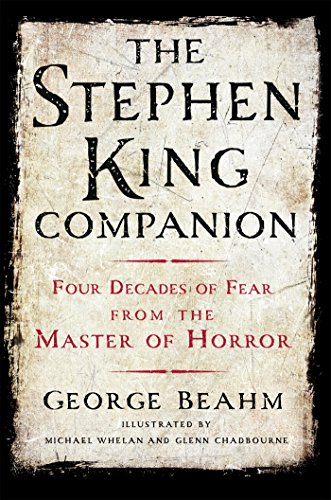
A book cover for The Stephen King Companion: Four Decades of Fear from the Master of Horror; George Beahm; Literature & Fiction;